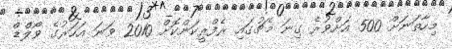
މިހާތަނަށް 500 އަށްވުރެ ގިނަ މެޗުގައި ރެފްރީކަންކޮށް 2010 ވަނަ އަހަރުގެ ވޯލްޑް